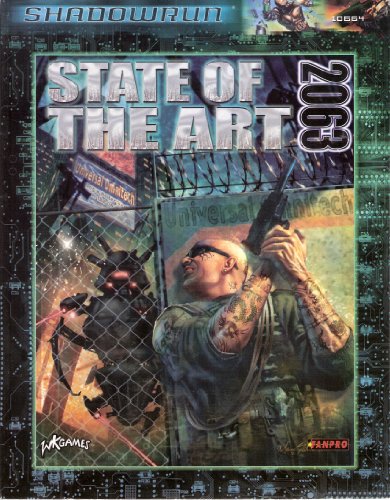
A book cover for State of the Art 2063 (Shadowrun); FanPro; Science Fiction & Fantasy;